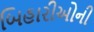
બિહારીઓની